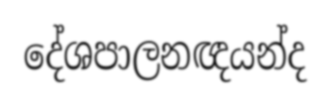
දේශපාලනඥයන්ද